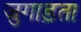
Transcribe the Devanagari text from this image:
जुगाड़ता